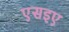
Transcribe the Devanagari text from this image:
एसइए